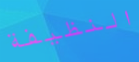
النظيفة